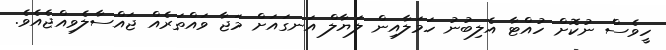
ހީވެސް ނުކޮށް ހުއްޓާ އެލިބުނު ހަމަލާއިން ލަޔާލް އަނގައަށް މަޖާ ވައްތަރެއް ޖައްސާލެވިއްޖެއެވެ.